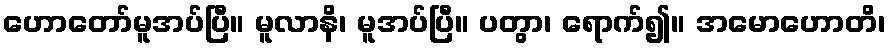
ဟောတော်မူအပ်ပြီ။ မူလာနိ၊ မူအပ်ပြီ။ ပတွာ၊ ရောက်၍။ အမောဟောတိ၊